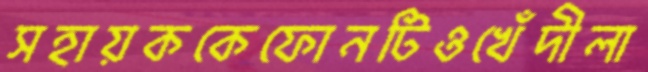
সহায়ককেফোনটিওখেঁদীলা